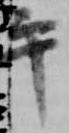
午